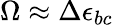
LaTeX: \Omega\approx\Delta\epsilon_{bc}